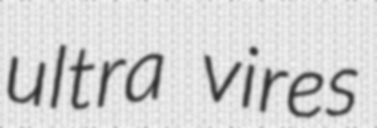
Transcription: ultra vires